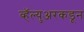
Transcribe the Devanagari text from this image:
व्हॅल्युअरकडून